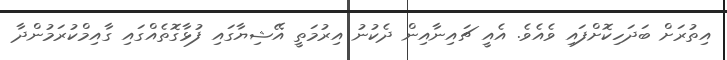
އިތުރަށް ބަދަހިކޮށްފައި ވެއެވެ. އެއީ ޗައިނާއިން ދެކުނު އިރުމަތީ އޭޝިޔާގައި ފުޅާގޮތެއްގައި ގާއިމްކުރަމުންދާ